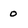
Character: 0